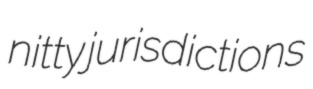
nitty jurisdictions